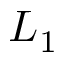
L _ { 1 }